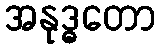
အနုဒ္ဓတော